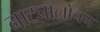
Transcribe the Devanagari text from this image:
नाट्यालोचन